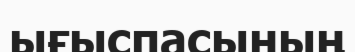
ығыспасының